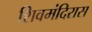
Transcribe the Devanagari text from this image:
शिवमंदिरास